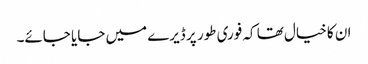
ان کا خیال تھا کہ فوری طور پر ڈیرے میں جایا جائے۔